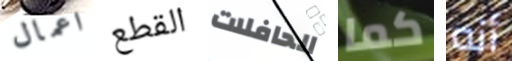
اعمال القطع الحافلات كما أنه